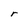
Character: r